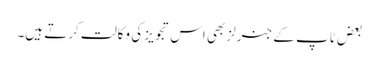
بعض ٹاپ کے جنرلز بھی اس تجویز کی وکالت کرتے ہیں۔